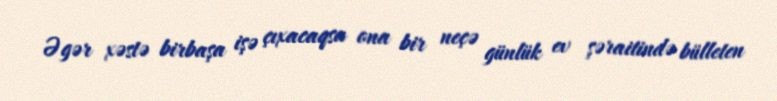
Əgər xəstə birbaşa işə çıxacaqsa ona bir neçə günlük ev şəraitində bülleten